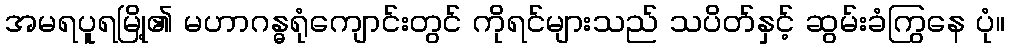
အမရပူရမြို့၏ မဟာဂန္ဓရုံကျောင်းတွင် ကိုရင်များသည် သပိတ်နှင့် ဆွမ်းခံကြွနေ ပုံ။